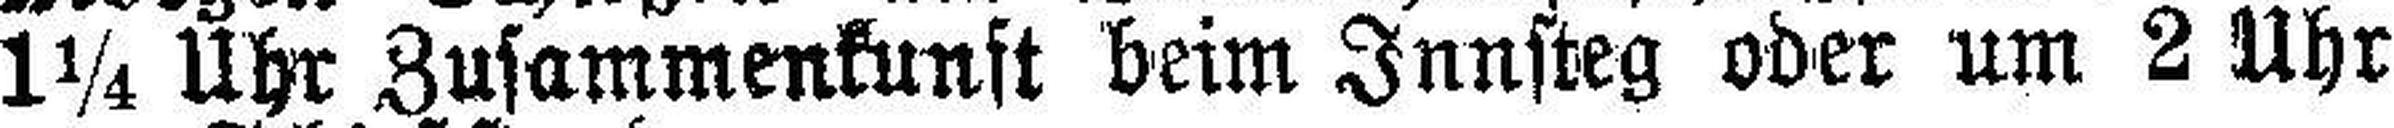
1¼ Uhr Zusammenkunft beim Innsteg oder um 2 Uhr